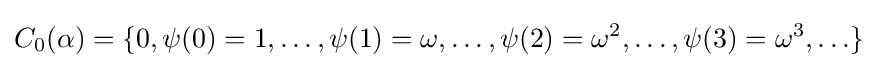
C_{0}(\alpha )=\{0,\psi (0)=1,\ldots ,\psi (1)=\omega ,\ldots ,\psi (2)=\omega ^{2},\ldots ,\psi (3)=\omega ^{3},\ldots \}